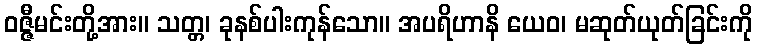
ဝဇ္ဇီမင်းတို့အား။ သတ္တ၊ ခုနစ်ပါးကုန်သော။ အပရိဟာနိ ယေဝ၊ မဆုတ်ယုတ်ခြင်းကို